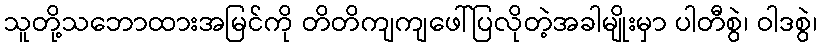
သူတို့သဘောထားအမြင်ကို တိတိကျကျဖေါ်ပြလိုတဲ့အခါမျိုးမှာ ပါတီစွဲ၊ ဝါဒစွဲ၊